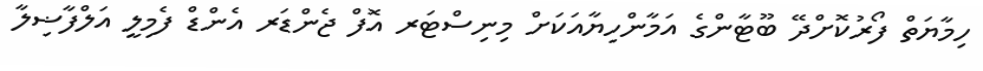
ހިމާޔަތް ފޯރުކޮށްދޭ ބޫޓާންގެ އަމާންހިޔާއަކަށް މިނިސްޓަރ އޮފް ޖެންޑަރ އެންޑް ފެމިލީ އަލްފާޟިލާ